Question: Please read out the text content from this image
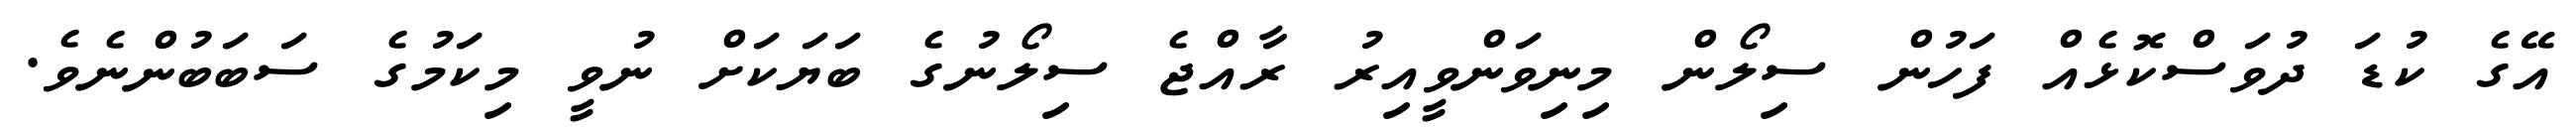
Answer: އޭގެ ކުޑަ ދުވަސްކޮޅެއް ފަހުން ސިލޯން މިނިވަންވީއިރު ރާއްޖެ ސިލޯނުގެ ބަޔަކަށް ނުވީ މިކަމުގެ ސަބަބުންނެވެ.